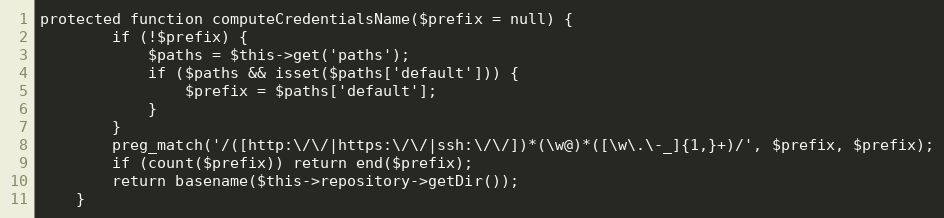
Language: PHP
protected function computeCredentialsName($prefix = null) {
		if (!$prefix) {
			$paths = $this->get('paths');
			if ($paths && isset($paths['default'])) {
				$prefix = $paths['default'];
			}
		}
		preg_match('/([http:\/\/|https:\/\/|ssh:\/\/])*(\w@)*([\w\.\-_]{1,}+)/', $prefix, $prefix);
		if (count($prefix)) return end($prefix);
		return basename($this->repository->getDir());
    }